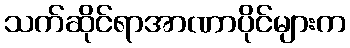
သက်ဆိုင်ရာအာဏာပိုင်များက